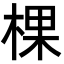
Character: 棵